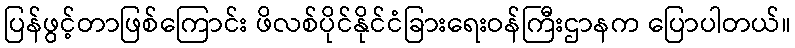
ပြန်ဖွင့်တာဖြစ်ကြောင်း ဖိလစ်ပိုင်နိုင်ငံခြားရေးဝန်ကြီးဌာနက ပြောပါတယ်။